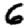
Digit: 6